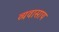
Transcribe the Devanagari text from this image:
व्यवासाय